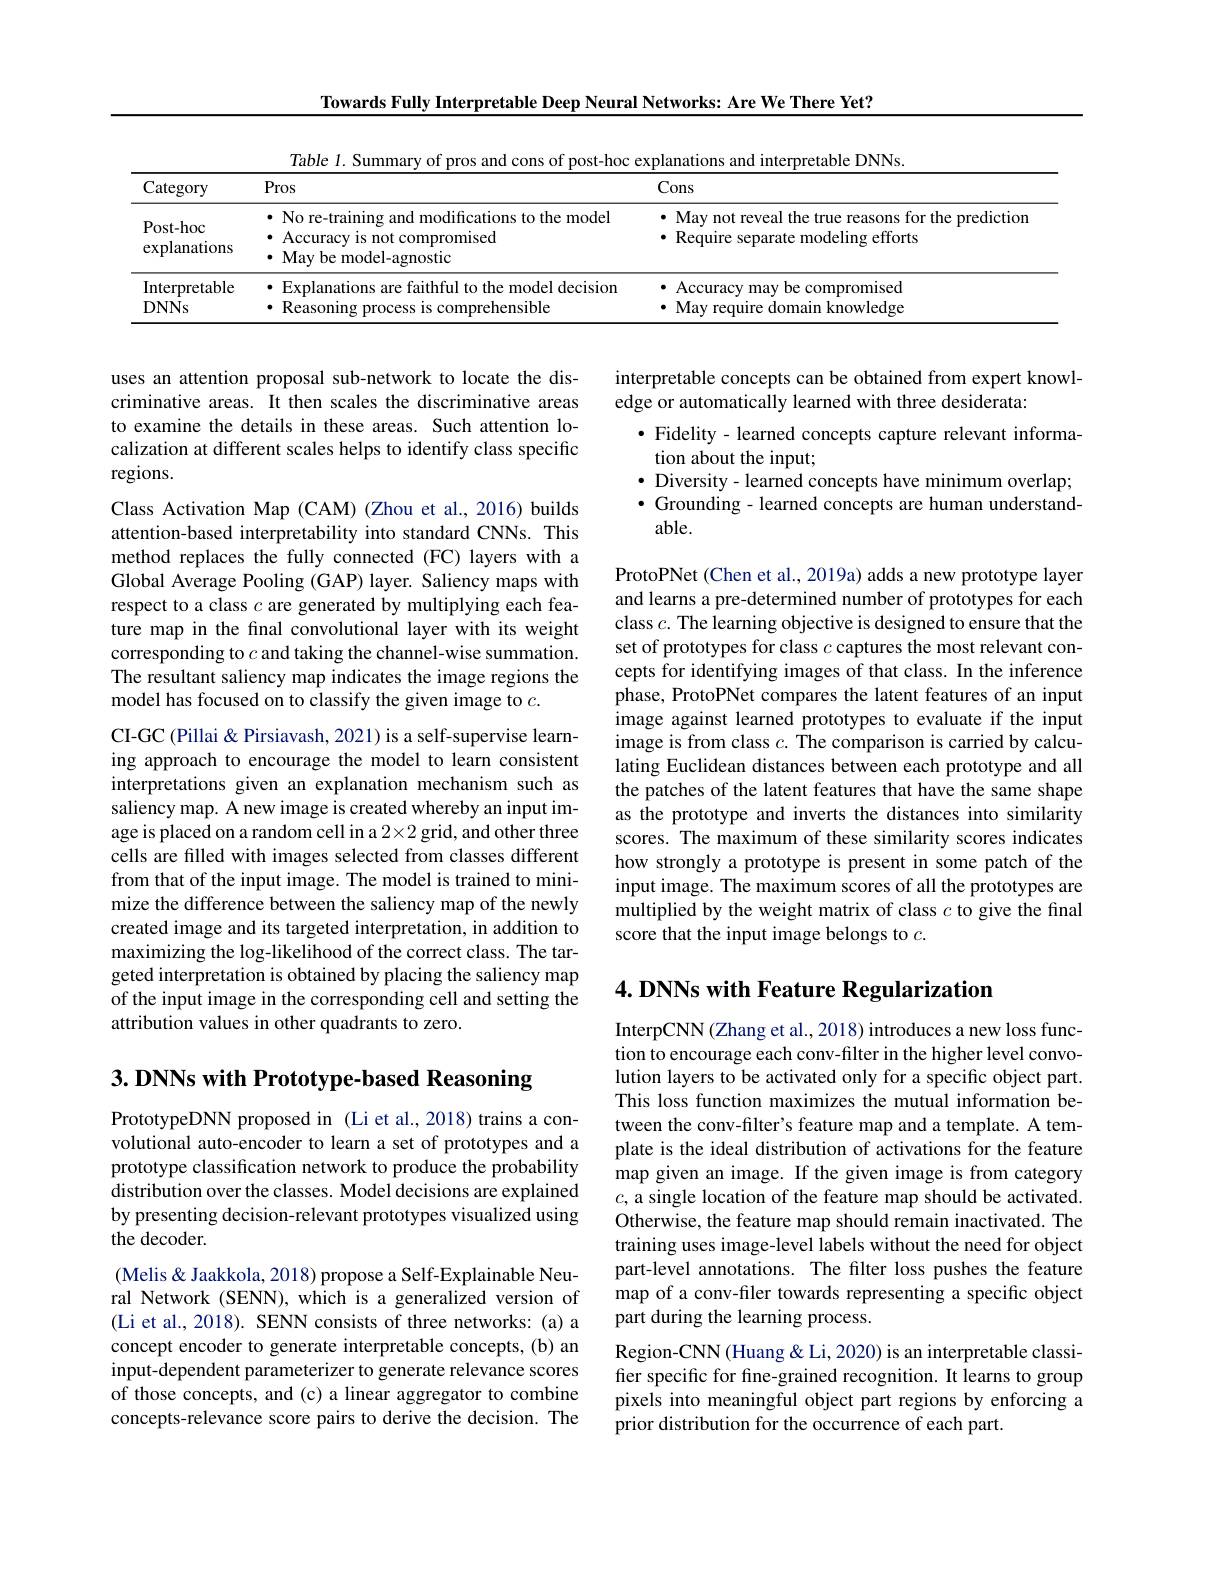
Towards Fully Interpretable Deep Neural Networks: Are We There Yet?

<table>
	<tbody>
		<tr>
			<th>Category</th>
			<th>Pros</th>
			<th>Cons</th>
		</tr>
		<tr>
			<td>Post- hoc explanations</td>
			<td>$\bullet$ No re-training and modifications to the model $\bullet$ Accuracy is not compromised · May be model-agnostic</td>
			<td>· May not reveal the true reasons for the predictior $\cdot$ Require separate modeling efforts</td>
		</tr>
		<tr>
			<td>Interpretable DNNs</td>
			<td>· Explanations are faithful to the model decision $\bullet$ Reasoning process is comprehensible</td>
			<td>${\cdot}$ Accuracy may be compromised May require domain knowledge</td>
		</tr>
	</tbody>
</table>

interpretable concepts can be obtained from expert knowl-
edge or automatically learned with three desiderata:
· Fidelity - learned concepts capture relevant informa-
tion about the input;
$\bullet$ Diversity - learned concepts have minimum overlap; $\bullet$ Grounding - learned concepts are human understand-
able.

uses an attention proposal sub-network to locate the discriminative areas. It then scales the discriminative areas to examine the details in these areas. Such attention localization at different scales helps to identify class specific regions.
Class Activation Map (CAM) (Zhou et al., 2016) builds attention-based interpretability into standard CNNs. This method replaces the fully connected (FC) layers with a Global Average Pooling (GAP) layer. Saliency maps with respect to a class $c$ are generated by multiplying each feature map in the final convolutional layer with its weight corresponding to $c$ and taking the channel-wise summation. The resultant saliency map indicates the image regions the model has focused on to classify the given image to $c.$
CI-GC (Pillai & Pirsiavash, 2021) is a self-supervise learning approach to encourage the model to learn consistent interpretations given an explanation mechanism such as saliency map. A new image is created whereby an input image is placed on a random cell in a 2×2 grid, and other three cells are filled with images selected from classes different from that of the input image. The model is trained to minimize the difference between the saliency map of the newly created image and its targeted interpretation, in addition to maximizing the log-likelihood of the correct class. The targeted interpretation is obtained by placing the saliency map of the input image in the corresponding cell and setting the attribution values in other quadrants to zero.

ProtoPNet (Chen et al., 2019a) adds a new prototype layer and learns a pre-determined number of prototypes for each class $c.$ The learning objective is designed to ensure that the set of prototypes for class $c$ captures the most relevant concepts for identifying images of that class. In the inference phase, ProtoPNet compares the latent features of an input image against learned prototypes to evaluate if the input image is from class $c.$ The comparison is carried by calculating Euclidean distances between each prototype and all the patches of the latent features that have the same shape as the prototype and inverts the distances into similarity scores. The maximum of these similarity scores indicates how strongly a prototype is present in some patch of the input image. The maximum scores of all the prototypes are multiplied by the weight matrix of class $c$ to give the final score that the input image belongs to $c.$

## 4. DNNs with Feature Regularization

$3. \textbf{DNNs with Prototype- based Reasoning}$

PrototypeDNN proposed in (Li et al., 2018) trains a convolutional auto-encoder to learn a set of prototypes and a prototype classification network to produce the probability distribution over the classes. Model decisions are explained by presenting decision-relevant prototypes visualized using the decoder.

InterpCNN (Zhang et al., 2018) introduces a new loss function to encourage each conv-filter in the higher level convolution layers to be activated only for a specific object part. This loss function maximizes the mutual information between the conv-filter's feature map and a template. A template is the ideal distribution of activations for the feature map given an image. If the given image is from category $c$, a single location of the feature map should be activated Otherwise, the feature map should remain inactivated. The training uses image-level labels without the need for object part-level annotations. The filter loss pushes the feature map of a conv-filer towards representing a specific object part during the learning process.
Region-CNN (Huang & Li, 2020) is an interpretable classifier specific for fine-grained recognition. It learns to group pixels into meaningful object part regions by enforcing a prior distribution for the occurrence of each part.

(Melis & Jaakkola, 2018) propose a Self-Explainable Neural Network (SENN), which is a generalized version of (Li et al., 2018). SENN consists of three networks: (a) a concept encoder to generate interpretable concepts, (b) an input-dependent parameterizer to generate relevance scores of those concepts, and (c) a linear aggregator to combine concepts-relevance score pairs to derive the decision. The